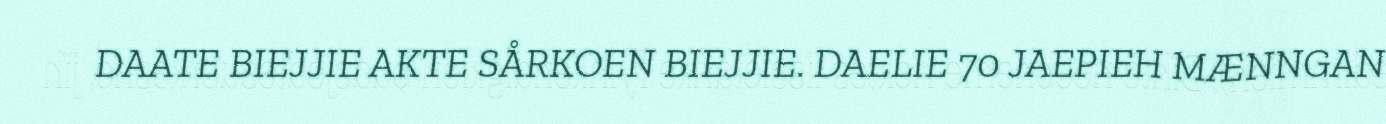
DAATE BIEJJIE AKTE SÅRKOEN BIEJJIE. DAELIE 70 JAEPIEH MÆNNGAN